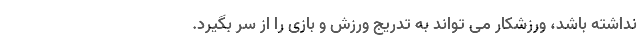
نداشته باشد، ورزشکار می تواند به تدریج ورزش و بازی را از سر بگیرد.